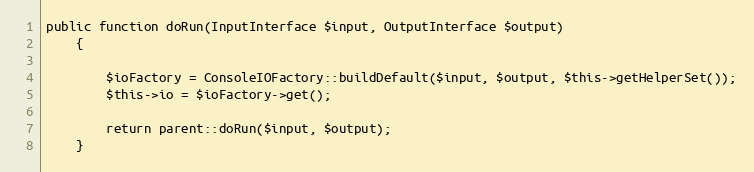
Language: PHP
public function doRun(InputInterface $input, OutputInterface $output)
    {

        $ioFactory = ConsoleIOFactory::buildDefault($input, $output, $this->getHelperSet());
        $this->io = $ioFactory->get();

        return parent::doRun($input, $output);
    }